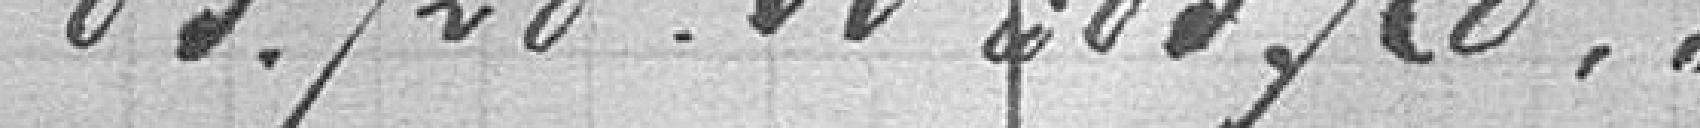
8372800 ou 83728,00